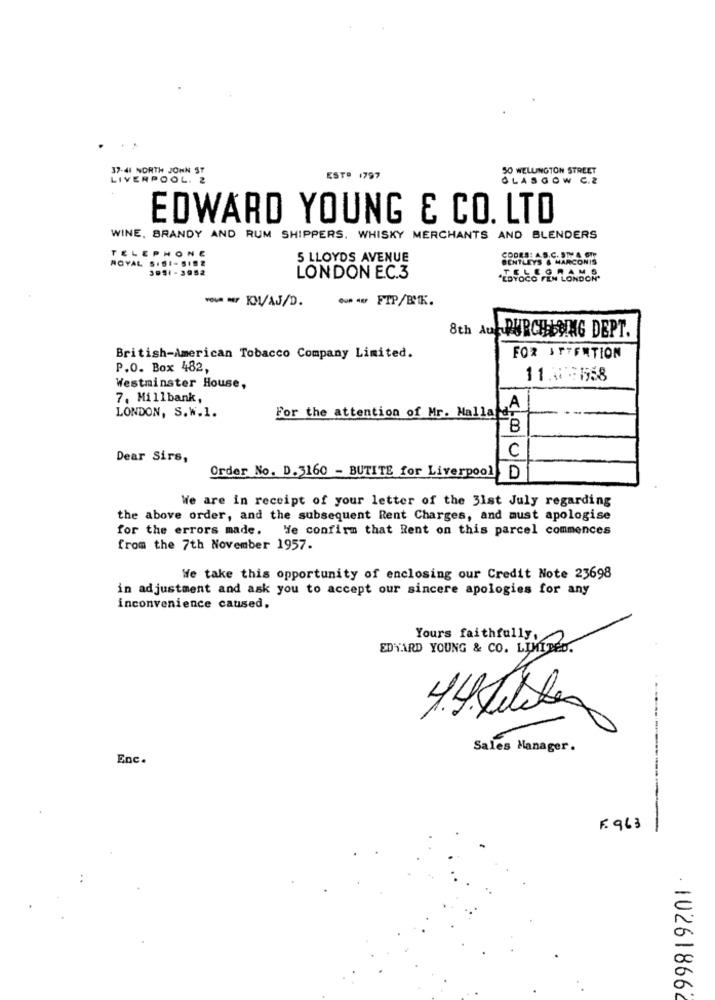
37-41 NORTH JOHN ST
50 WELLINGTON STREET
LIVERPOOL. 2
ESTO 1797
GLASGOW C.2
EDWARD YOUNG & CO. LTD
WINE, BRANDY AND RUM SHIPPERS, WHISKY MERCHANTS AND BLENDERS
TELEPHONE
ROYAL S.SI-SIS2
5 LLOYDS AVENUE
BENTLEYS & MARCONIS
COORS: A.S.C. STY 4 GIY
3951- 3952
LEGRAMS
LONDON EC.3
"EDYOCO FEN LONDON*
Ou AU FTP/BMK.
8th Auf PURCHLONG DEPT.
British-American Tobacco Company Limited.
FOR ATTENTION
P.O. Box 482,
11.4:1558
Westminster House,
7. Millbank,
LONDON, S.W.1.
For the attention of Mr. Mallard
A
C
Dear Sirs,
Order No. D. 5160 - BUTITE for Liverpool
D
We are in receipt of your letter of the 31st July regarding
the above order, and the subsequent Rent Charges, and must apologise
for the errors made. He confirm that Rent on this parcel commences
from the 7th November 1957.
We take this opportunity of enclosing our Credit Note 23698
in adjustment and ask you to accept our sincere apologies for any
inconvenience caused.
Yours faithfully,
EDWARD YOUNG & CO. LIMITED.
Sales Manager .
Enc.
F. 963
. 102618662